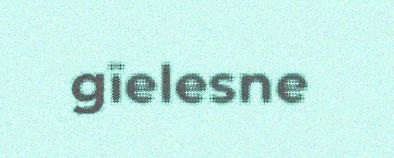
gïelesne